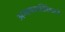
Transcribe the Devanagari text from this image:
अन्वयव्यतिरेकानें